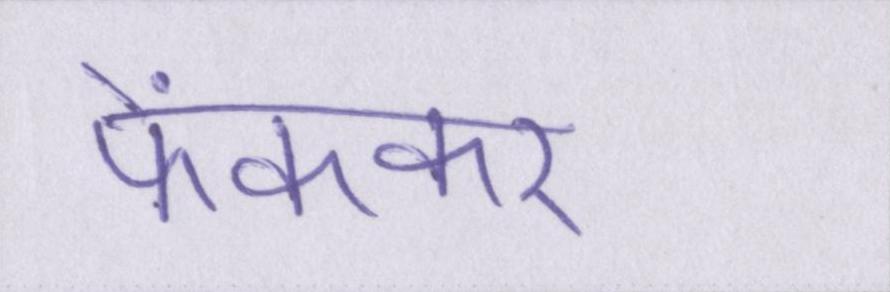
फेंककर